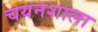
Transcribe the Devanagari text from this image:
चयनशाला